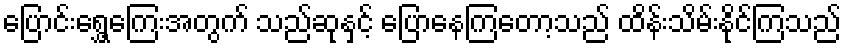
ပြောင်းရွှေ့ကြေးအတွက် သည်ဆုနှင့် ပြောနေကြတော့သည် ထိန်းသိမ်းနိုင်ကြသည်